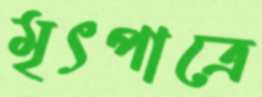
মৃৎপাত্রে